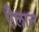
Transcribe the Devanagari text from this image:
एैलान